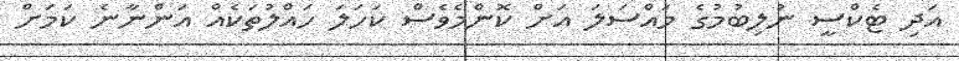
އަދި ޓެކްސީ ނުލިބުމުގެ މައްސަލަ އަށް ކޮންމެވެސް ކަހަލަ ހައްލުތަކެއް އަންނާނެ ކަމަށް